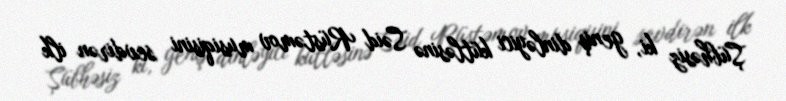
Şübhəsiz ki, geniş dinləyici kütləsinə Səid Rüstəmov musiqisini sevdirən ilk